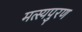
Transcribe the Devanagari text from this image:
मत्स्यपुरण